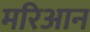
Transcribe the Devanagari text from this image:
मरिआन